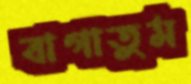
বাগাতুম